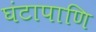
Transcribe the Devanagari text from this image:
घंटापाणि